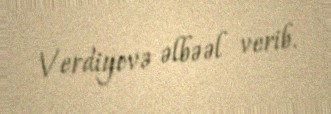
Verdiyevə əlbəəl verib.